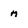
Character: m